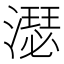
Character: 濏